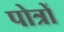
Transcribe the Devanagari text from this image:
पोत्रों